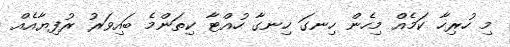
މި ހުރިހާ ކަމެއް މިހެން ހިނގަ ހިނގާ ހުއްޓާ ކިތަންމެ ބައިވަރު ރުފިޔާއެއް